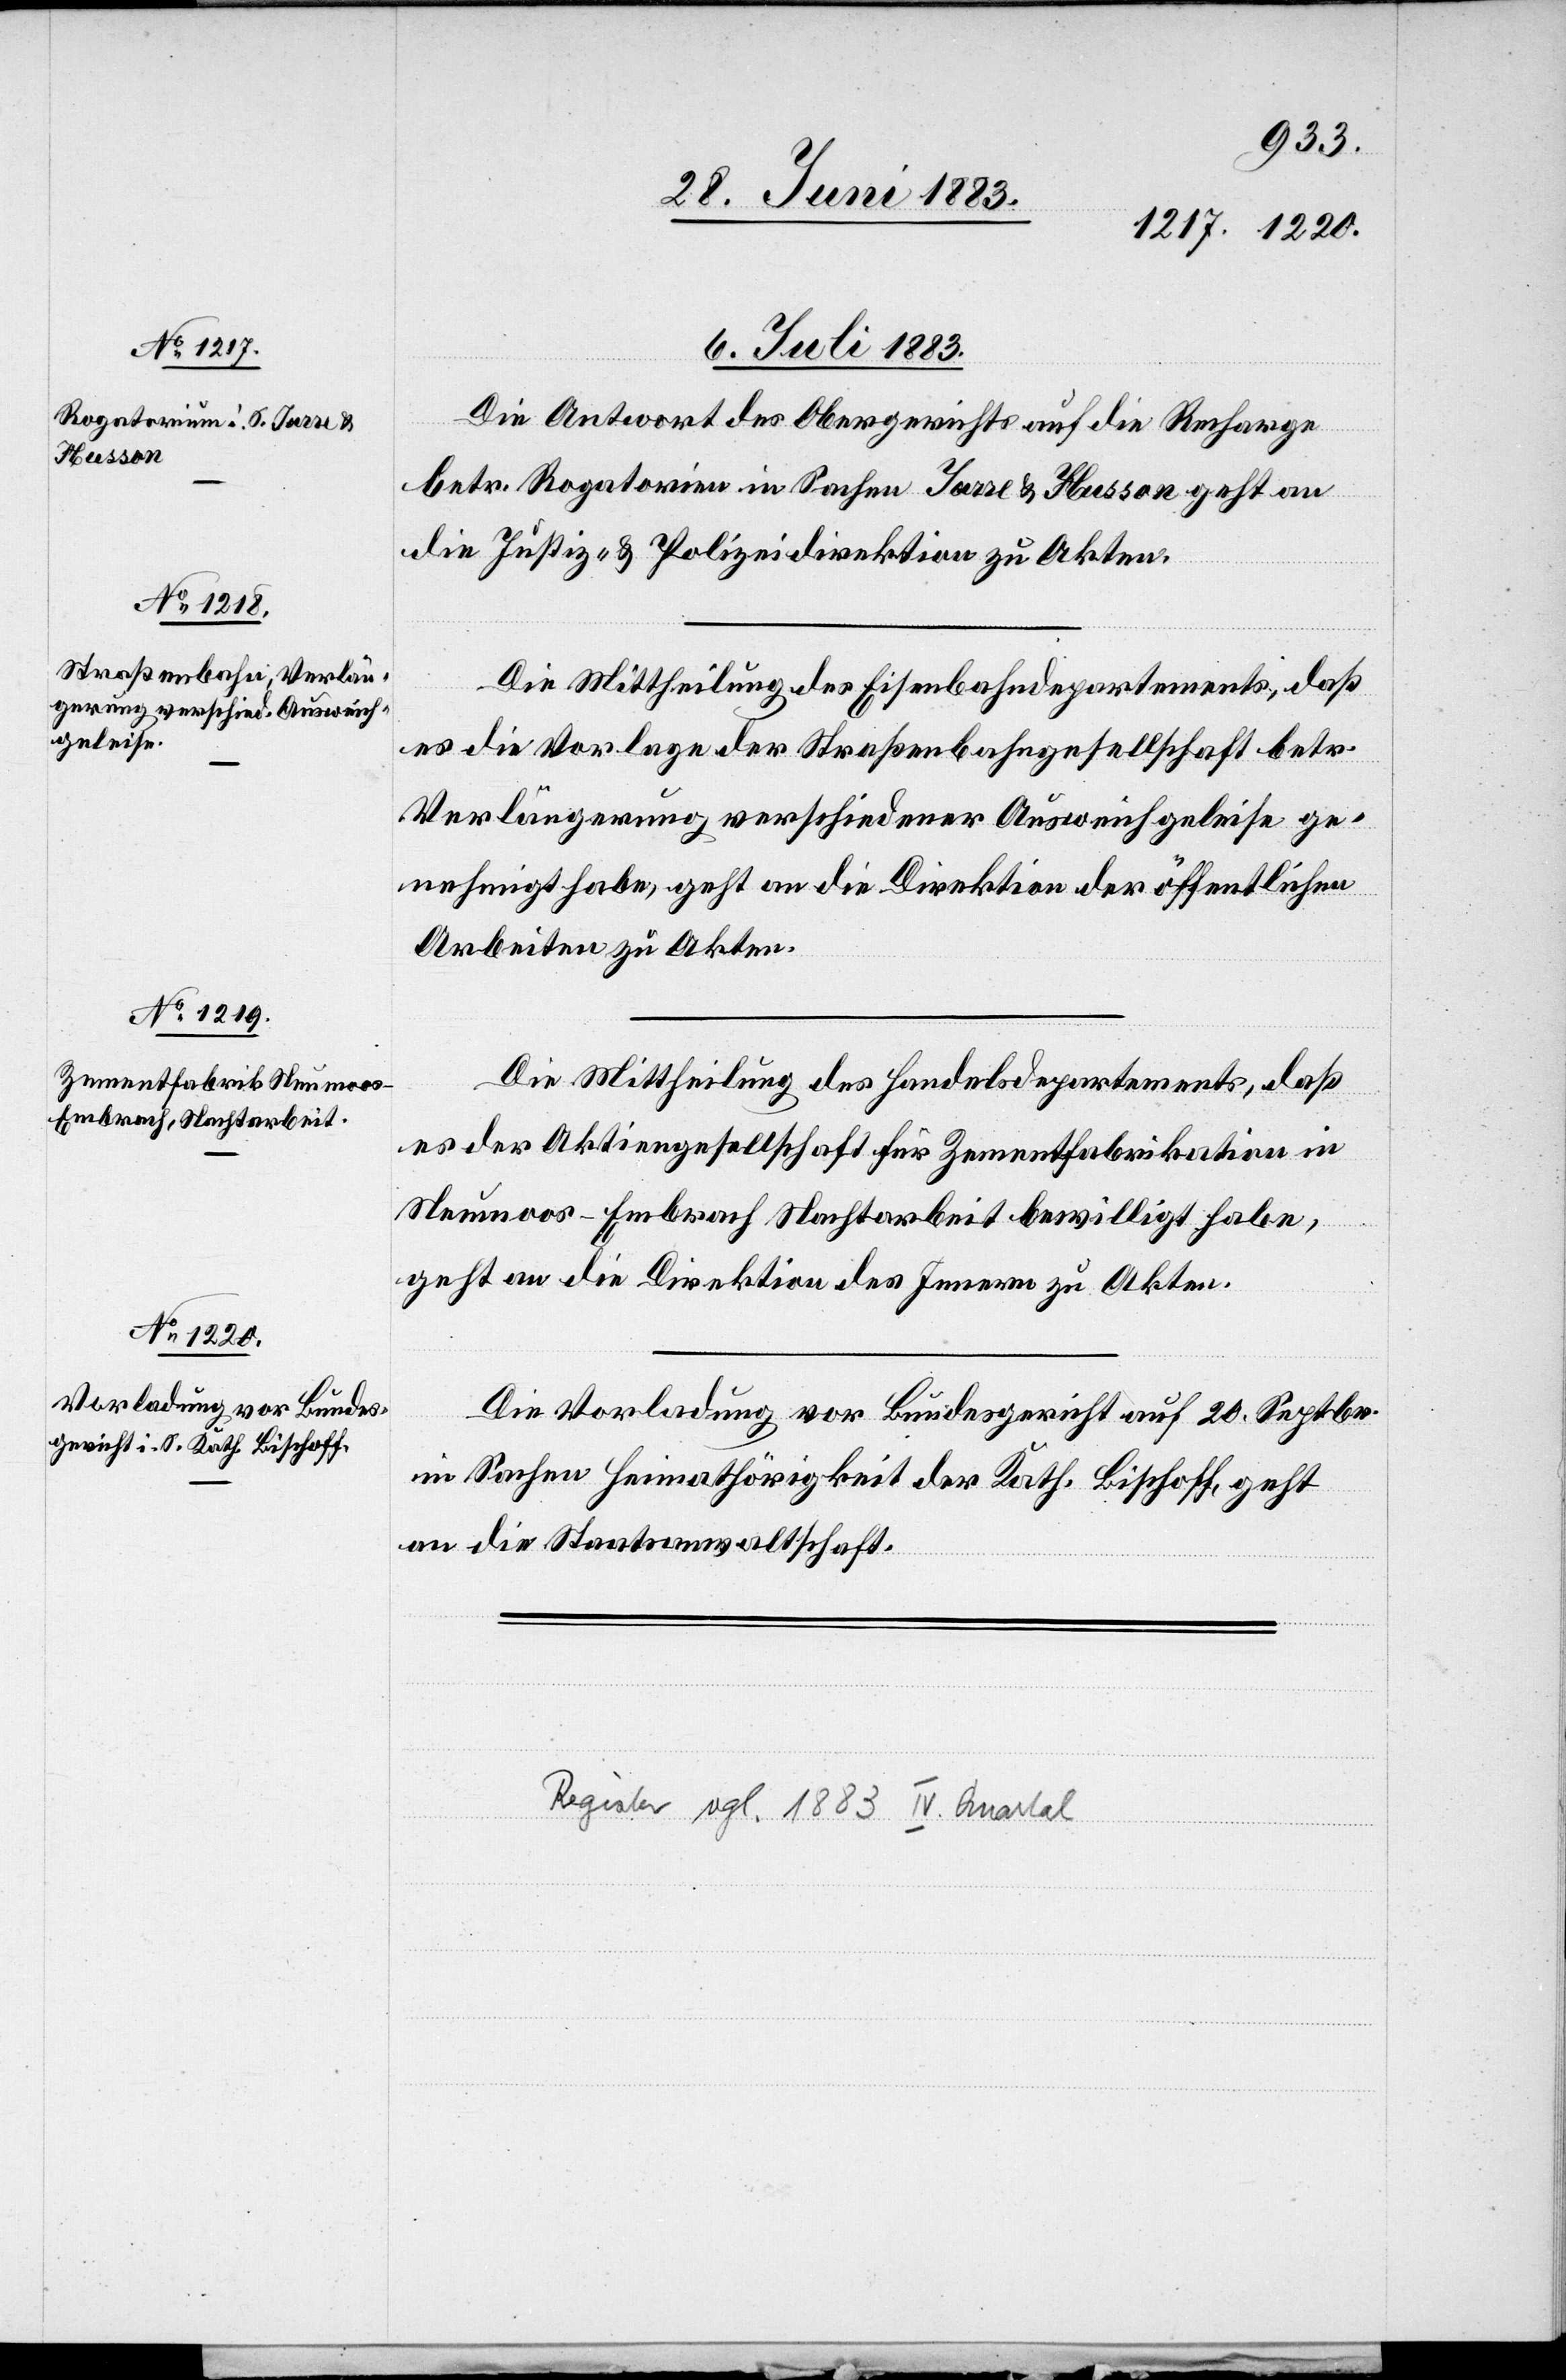
6. Juli 1883.]
Die Antwort des Obergerichts auf die Recharge
betr. Rogatorien in Sachen Jarre & Husson geht an
die Justiz- & Polizeidirektion zu Akten.
Die Mittheilung des Eisenbahndepartements, daß
es die Vorlage der Straßenbahngesellschaft betr.
Verlängerung verschiedener Ausweichgeleise ge¬
nehmigt habe, geht an die Direktion der öffentlichen
Arbeiten zu Akten.
Die Vorladung vor Bundesgericht auf 20. Septbr.
in Sachen Heimathörigkeit der Kath. Bischoff, geht
an die Staatsanwaltschaft.